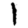
Digit: 1